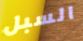
السبل